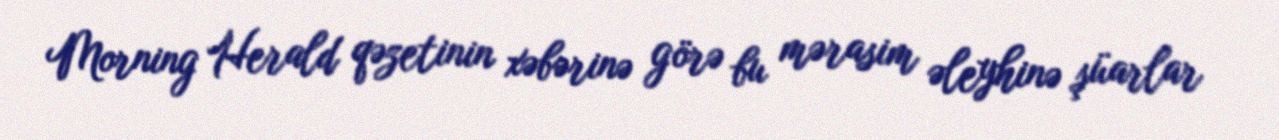
Morning Herald qəzetinin xəbərinə görə bu mərasim əleyhinə şüarlar